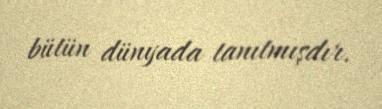
bütün dünyada tanıtmışdır.